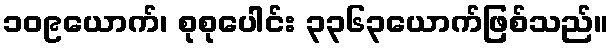
၁၀၉ယောက်၊ စုစုပေါင်း ၃၃၆၃ယောက်ဖြစ်သည်။